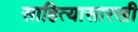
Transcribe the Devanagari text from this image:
साहित्यासारखी